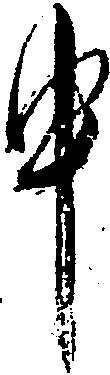
申